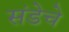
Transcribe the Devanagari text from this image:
संडेचे